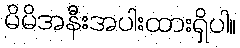
မိမိအနီးအပါးထားရှိပါ။